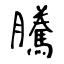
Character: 騰